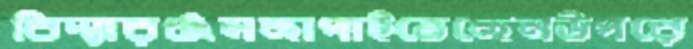
বিদ্যারঞ্জনছাপাইতেছেনউপরে